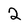
Character: 2